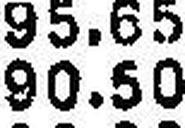
90.50